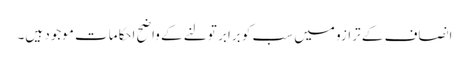
انصاف کے ترازو میں سب کو برابر تولنے کے واضح احکامات موجود ہیں۔